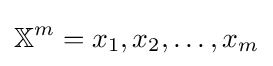
\mathbb {X} ^{m}=x_{1},x_{2},\dots ,x_{m}